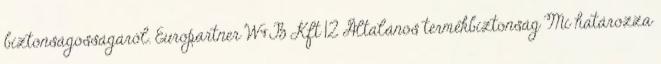
biztonságosságáról. Europartner W&B Kft 12 Általános termékbiztonság Mi határozza